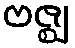
ဗဇ္ဈ